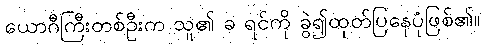
ယောဂီကြီးတစ်ဦးက သူ၏ ခ ရင်ကို ခွဲ၍ထုတ်ပြနေပုံဖြစ်၏။